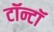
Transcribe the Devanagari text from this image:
टॉन्टॉ